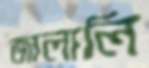
জালালি